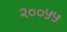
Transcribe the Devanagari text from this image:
२००५५